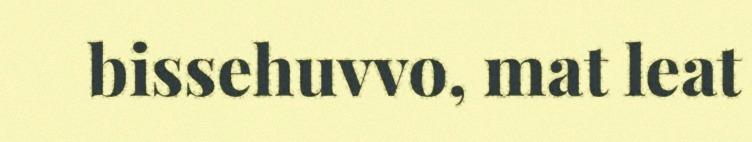
bissehuvvo, mat leat